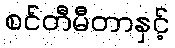
စင်တီမီတာနှင့်